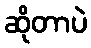
ဆိုတာပဲ